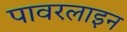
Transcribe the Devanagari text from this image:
पावरलाइन